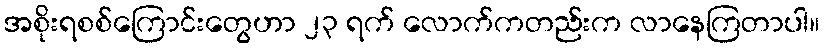
အစိုးရစစ်ကြောင်းတွေဟာ ၂၃ ရက် လောက်ကတည်းက လာနေကြတာပါ။